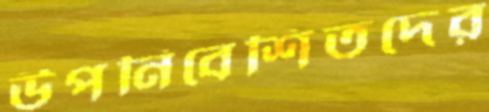
উপনিবেশিতদের